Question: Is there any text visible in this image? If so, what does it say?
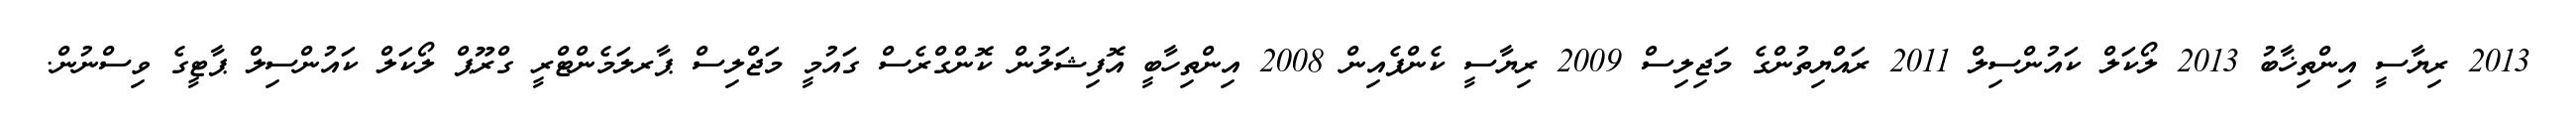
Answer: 2013 ރިޔާސީ އިންތިޚާބު 2013 ލޯކަލް ކައުންސިލް 2011 ރައްޔިތުންގެ މަޖިލިސް 2009 ރިޔާސީ ކެންޕެއިން 2008 އިންތިހާބީ އޮފިޝަލުން ކޮންގްރެސް ގައުމީ މަޖްލިސް ޕާރލަމެންޓްރީ ގްރޫޕް ލޯކަލް ކައުންސިލް ޕާޓީގެ ވިސްނުން.